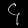
Digit: ၄